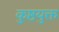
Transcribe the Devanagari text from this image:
कुष्ठयुक्त